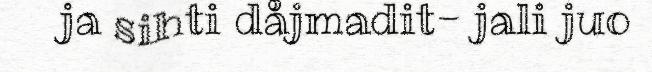
ja sihti dåjmadit- jali juo